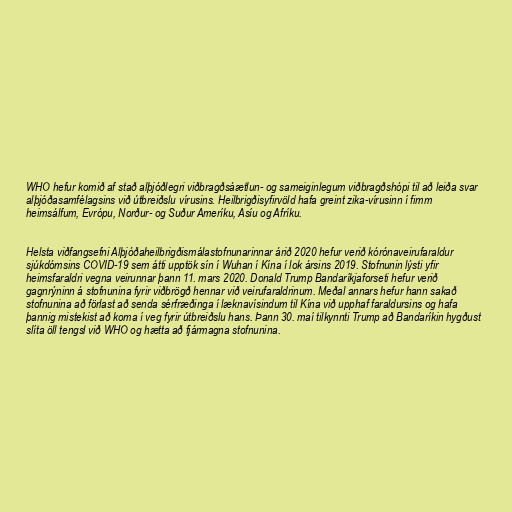
WHO hefur komið af stað alþjóðlegri viðbragðsáætlun- og sameiginlegum viðbragðshópi til að leiða svar
alþjóðasamfélagsins við útbreiðslu vírusins. Heilbrigðisyfirvöld hafa greint zika-vírusinn í fimm
heimsálfum, Evrópu, Norður- og Suður Ameríku, Asíu og Afríku.

Helsta viðfangsefni Alþjóðaheilbrigðismálastofnunarinnar árið 2020 hefur verið kórónaveirufaraldur
sjúkdómsins COVID-19 sem átti upptök sín í Wuhan í Kína í lok ársins 2019. Stofnunin lýsti yfir
heimsfaraldri vegna veirunnar þann 11. mars 2020. Donald Trump Bandaríkjaforseti hefur verið
gagnrýninn á stofnunina fyrir viðbrögð hennar við veirufaraldrinum. Meðal annars hefur hann sakað
stofnunina að förlast að senda sérfræðinga í læknavísindum til Kína við upphaf faraldursins og hafa
þannig mistekist að koma í veg fyrir útbreiðslu hans. Þann 30. maí tilkynnti Trump að Bandaríkin hygðust
slíta öll tengsl við WHO og hætta að fjármagna stofnunina.